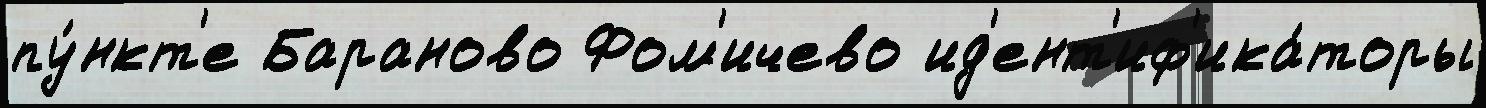
пу́нкт'е Бараново Фом'ичево ид'ент'иф'ика́торы